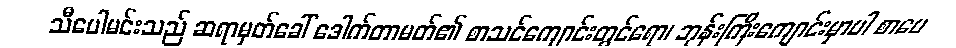
သီပေါမင်းသည် ဆရာမှတ်ခေါ် ဒေါက်တာမတ်၏ စာသင်ကျောင်းတွင်ရော၊ ဘုန်းကြီးကျောင်းမှာပါ စာပေ